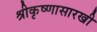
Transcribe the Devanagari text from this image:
श्रीकृष्णासारखी